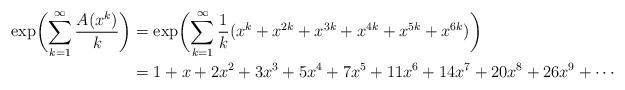
LaTeX: \begin{align*}\exp\biggl( \sum_{k=1}^\infty \frac{A(x^k)}{k} \biggr)&=\exp\biggl(\sum_{k=1}^\infty \frac1k(x^{k}+x^{2k}+x^{3k}+x^{4k}+x^{5k}+x^{6k})\biggr)\\ &= 1+x +2 x^{2}+3 x^{3}+5 x^{4}+7 x^{5}+11 x^{6}+14 x^{7}+20 x^{8}+26 x^{9}+\cdots\end{align*}